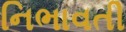
નિભાવતી